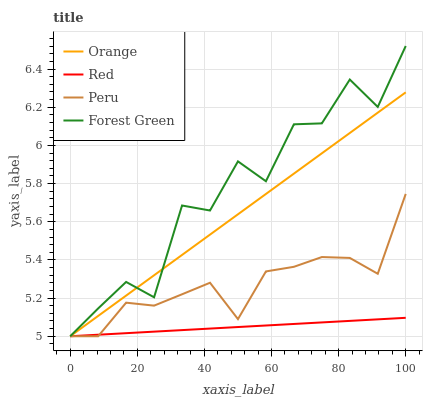
| xaxis_label | Orange | Red | Peru | Forest Green |
 | --- | --- | --- | --- | --- |
 | 0 | 5 | 5 | 5 | 5 |
 | 8.33 | 5.11 | 5.01 | 5 | 5.15 |
 | 16.7 | 5.21 | 5.02 | 5.18 | 5.28 |
 | 25 | 5.32 | 5.02 | 5.16 | 5.2 |
 | 33.3 | 5.43 | 5.03 | 5.22 | 5.69 |
 | 41.7 | 5.53 | 5.04 | 5.28 | 5.66 |
 | 50 | 5.64 | 5.05 | 5.09 | 5.92 |
 | 58.3 | 5.75 | 5.06 | 5.34 | 5.81 |
 | 66.7 | 5.85 | 5.06 | 5.36 | 6.11 |
 | 75 | 5.96 | 5.07 | 5.41 | 6.12 |
 | 83.3 | 6.07 | 5.08 | 5.41 | 6.35 |
 | 91.7 | 6.17 | 5.09 | 5.33 | 6.2 |
 | 100 | 6.28 | 5.1 | 5.75 | 6.52 |